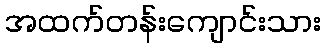
အထက်တန်းကျောင်းသား